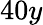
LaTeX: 40y